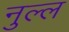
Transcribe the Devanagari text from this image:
नुल्ल